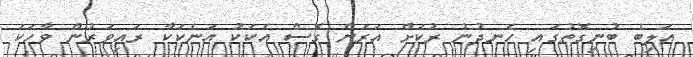
އަލިބެ ބުނިގޮތުގައި ހެނދުނު ރުކަށް އަރަން ގޮސް އެކަކު އަނެކަކާ ރައިވަރުން ވާހަކަ